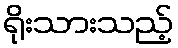
ရိုးသားသည့်